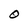
Character: O